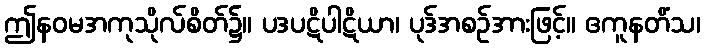
ဤနဝမအကုသိုလ်စိတ်၌။ ပဒပဋိပါဋိယာ၊ ပုဒ်အစဉ်အားဖြင့်။ ဧကူနတိံသ၊